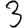
Digit: 3